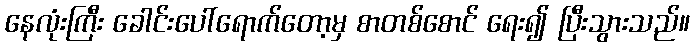
နေလုံးကြီး ခေါင်းပေါ်ရောက်တော့မှ စာတစ်စောင် ရေး၍ ပြီးသွားသည်။